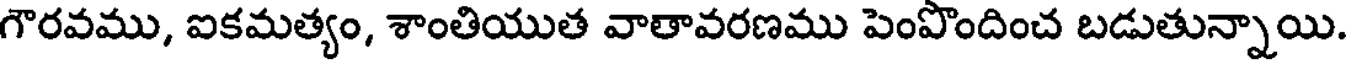
గౌరవము, ఐకమత్యం, శాంతియుత వాతావరణము పెంపొందించ బడుతున్నాయి.